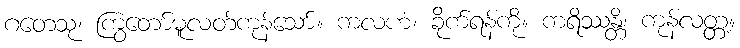
ဂတေသု၊ ကြွတော်မူလတ်ကုန်သော်။ ကလဟံ၊ ခိုက်ရန်ကို။ ကရိဿန္တိ၊ ကုန်လတ္တံ့။